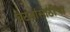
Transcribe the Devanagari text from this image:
घटनांसाठीचा